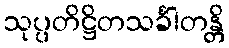
သုပ္ပတိဋ္ဌိတသင်္ခါတန္တိ